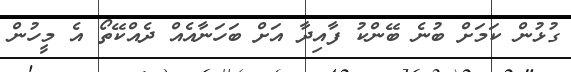
ގުޅުން ކަމަށް ބުނެ ބޭންކު ފާއިދާ އަށް ބަހަނާއެއް ދެއްކޭތޯ އެ މީހުން